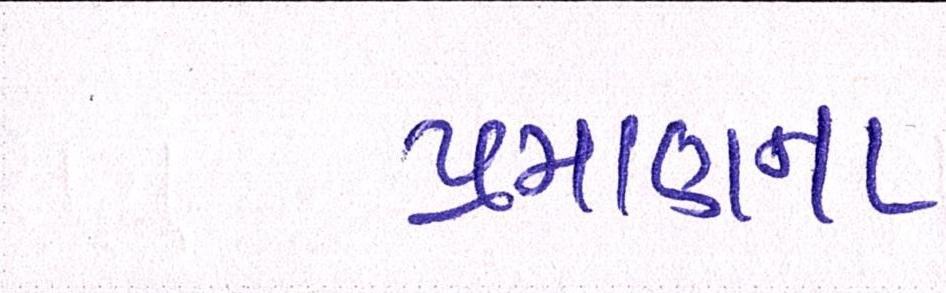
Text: પ્રમાણના